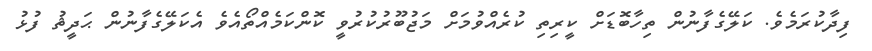
ފިދާކުރަމެވެ. ކަލޭގެފާނުން ތިހާބޮޑަށް ކީރިތި ކުރެއްވުމަށް މަޖުބޫރުކުރުވީ ކޮންކަމެއްތޯއެވެ އެކަލޭގެފާނުން ޙަދީޘު ފުޅު